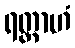
ရတ္တာဟံ